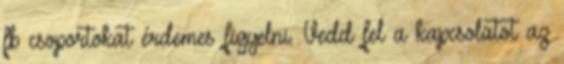
fb csoportokat érdemes figyelni. Vedd fel a kapcsolatot az